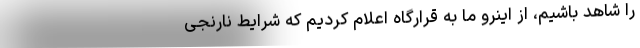
را شاهد باشیم، از اینرو ما به قرارگاه اعلام کردیم که شرایط نارنجی